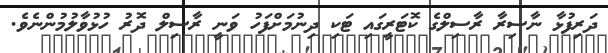
ދަރިފުޅާ ނާސިރާ ރާސިލްގެ ކޮޓަރީގައި ޓަކި ދިނުމަށްފަހު ވަނީ ރާސިލް ދޮރު ހުޅުވާލުމުންނެވެ.